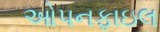
ઓપનફાઇલ